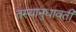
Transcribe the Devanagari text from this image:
तस्यानुधावती